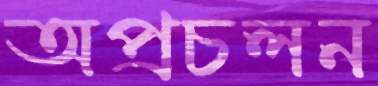
অপ্রচলন